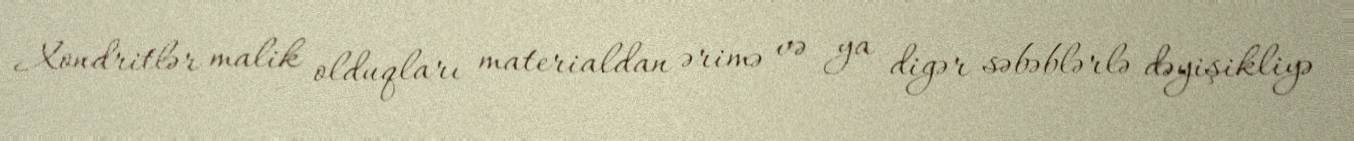
Xondritlər malik olduqları materialdan ərimə və ya digər səbəblərlə dəyişikliyə